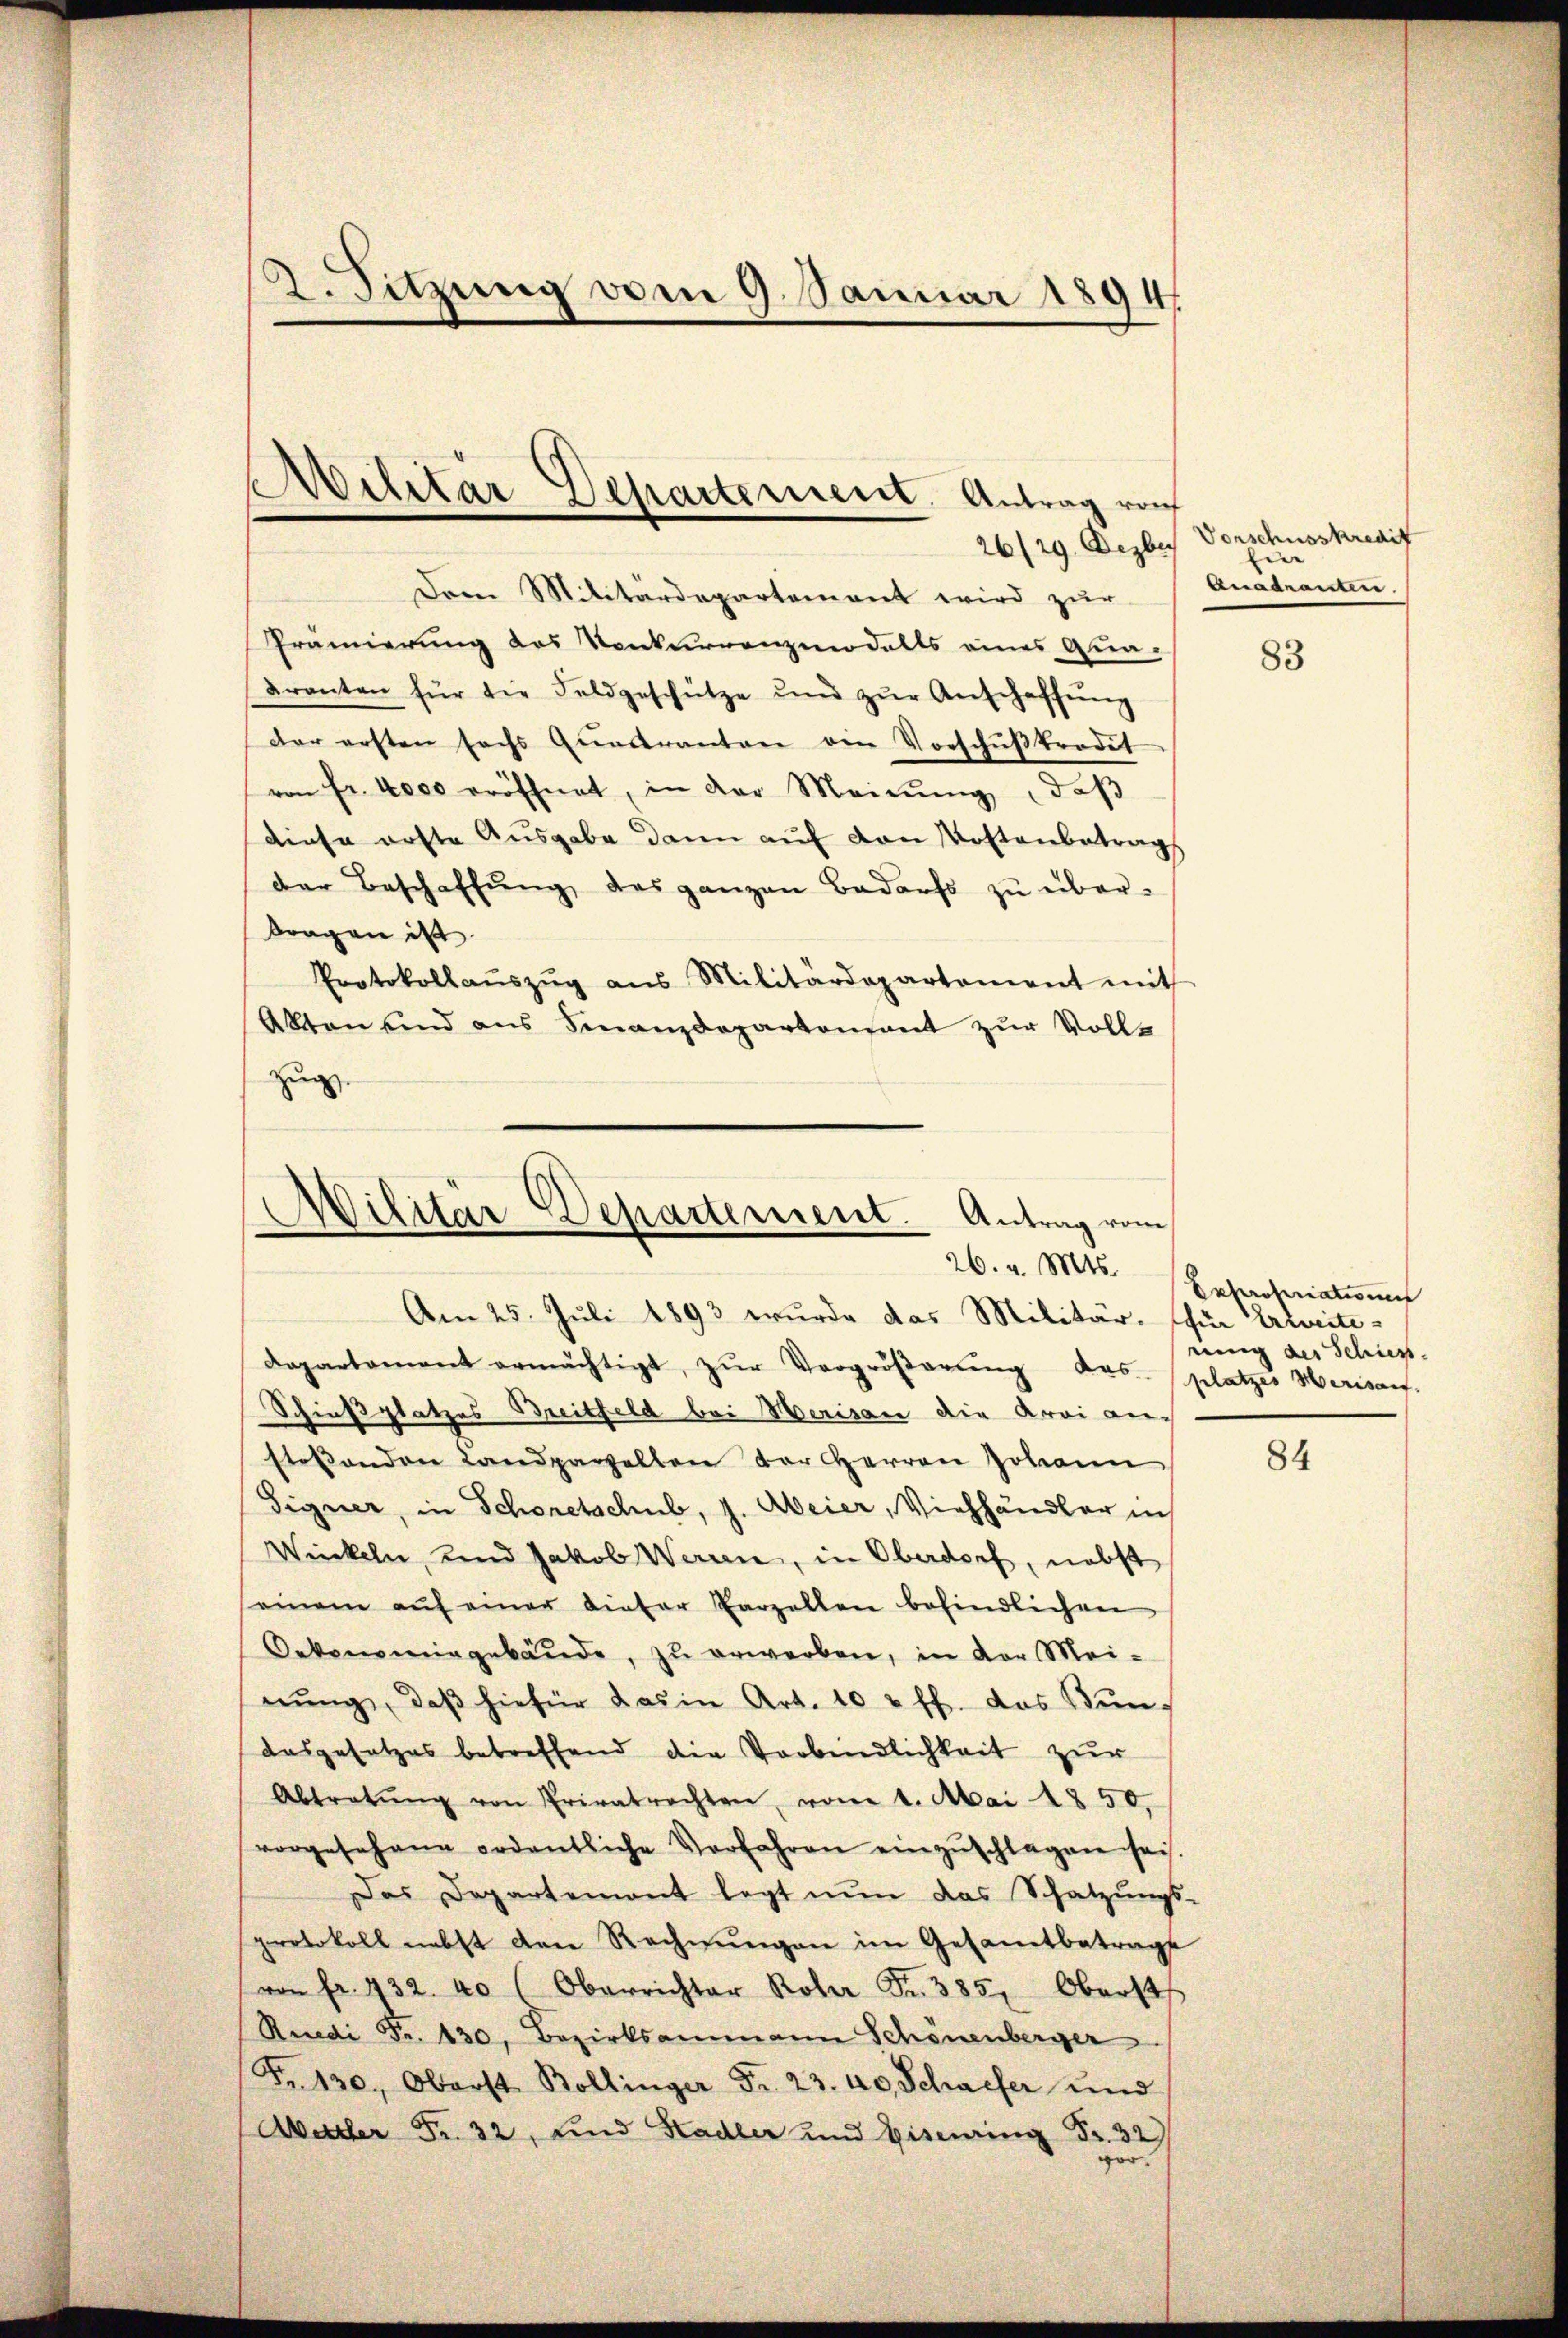
2. Sitzung vom 9. Januar 1894

26/29. Dezber
Dem Militärdepartement wird zŭr
Prämierung des Konkurrenzmodalls eines Qua-
dranten für die Feldgeschütze und zŭr Anschaffŭng
Der ersten sechs Qŭadranten ein Vorschŭβtrodet
von fr. 4000 eröffnet, in der Meinŭng, daβ
diese erste Ausgabe dann auf von Kostenbetrag
der Beschaffŭng des ganzen Bedarfs zŭ über-
tragen ist
Protokollaŭszŭg ans Militärdepartement mit
Akten und aus Finanzdepartement zur Vollzug.

Cilitar Departement. Antrag von

Militär Departement. Antrag vom
26. v. Mts.
Am 25. Juli 1893 wurde das Militär- schür Erzweite¬

Departament ermächtigt, zŭr Vergröβerŭng des platzes Merisauf-
Schießplatzes Breitfeld bei Merisau die Aroi auf
stoßenden Landparzelten der Herren Johann
Signer, in Schonetschub, J. Meier, Viehhändler in
Wickeln, und Jakob Werden, in Oberdorf, nebst
einem aŭf einer dieser Parzellen befindlichen
Oekonomingebäude, zu erwerben, in der Mei-
nŭng, daβ hiefür das in Art. 10 u. ff. das Bunausgesetzes betreffend die Verbindlichkeit zur
Abtretŭng von Privatrechten vom 1. Mai 1850.
vorgesehene ordentliche Verfahren einzŭschlagen sei.
Das Departement legt nŭn das Schatzŭngs-
protokoll nebst den Rechnŭngen im Gesamtbetrage
von fr. 432. 40 (Oberrichter Rober Fr. 385, Oberst
Reredi Fr. 430, Bezirksammann Schönenberger
Fr. 130. Oberst Bollinger Fr. 23. 40 Schaffer und
Oettler Fr. 32, und Stadler und Eisenring Fr. 32

Vorschusskredit
d
Quadranten.

83

Expropriationen
rung der Schieß.

84